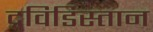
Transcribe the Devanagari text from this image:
द्रविडिस्तान